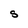
Character: S